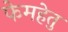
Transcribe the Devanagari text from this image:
फेमहेतु